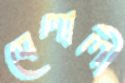
বেলালী